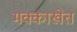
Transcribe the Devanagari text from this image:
मक्काखेत